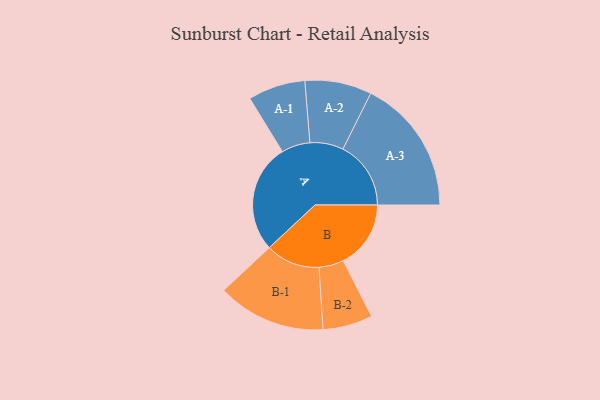
{"axis": {"x": "Segment", "y": "Value"}, "legend": ["", "A", "B"], "data": [{"x": "A", "y": 459, "type": ""}, {"x": "B", "y": 285, "type": ""}, {"x": "A-1", "y": 121, "type": "A"}, {"x": "A-2", "y": 141, "type": "A"}, {"x": "A-3", "y": 287, "type": "A"}, {"x": "B-1", "y": 229, "type": "B"}, {"x": "B-2", "y": 105, "type": "B"}]}